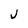
Character: j